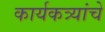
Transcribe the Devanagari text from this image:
कार्यकत्र्यांचे